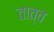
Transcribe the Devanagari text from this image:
तात्व